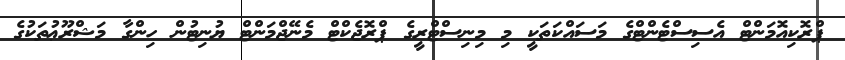
ޕްރޮކިއޮމަންޓް އެސިސްޓެންޓްގެ މަސައްކަތަކީ މި މިނިސްޓްރީގެ ޕްރޮޖެކްޓް މެނޭޖްމަންޓް ޔުނިޓުން ހިންގާ މަޝްރޫޢުތަކުގެ